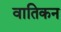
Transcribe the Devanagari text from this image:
वातिकन